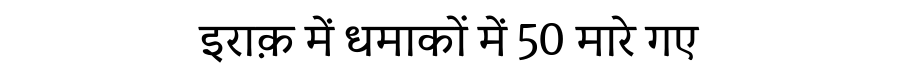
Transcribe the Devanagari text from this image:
इराक़ में धमाकों में 50 मारे गए